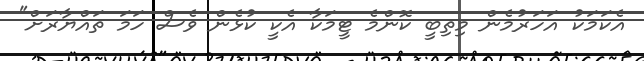
އެކަމަކު އަހަރުމެން މިތިބީ ކޮންމެ ޓީމަކާ އެކީ ކުޅެން ވެސް ހަމަ ތައްޔާރަށް"